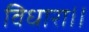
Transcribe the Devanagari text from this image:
विधारा।।